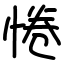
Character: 惓